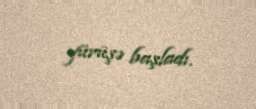
yürüşə başladı.